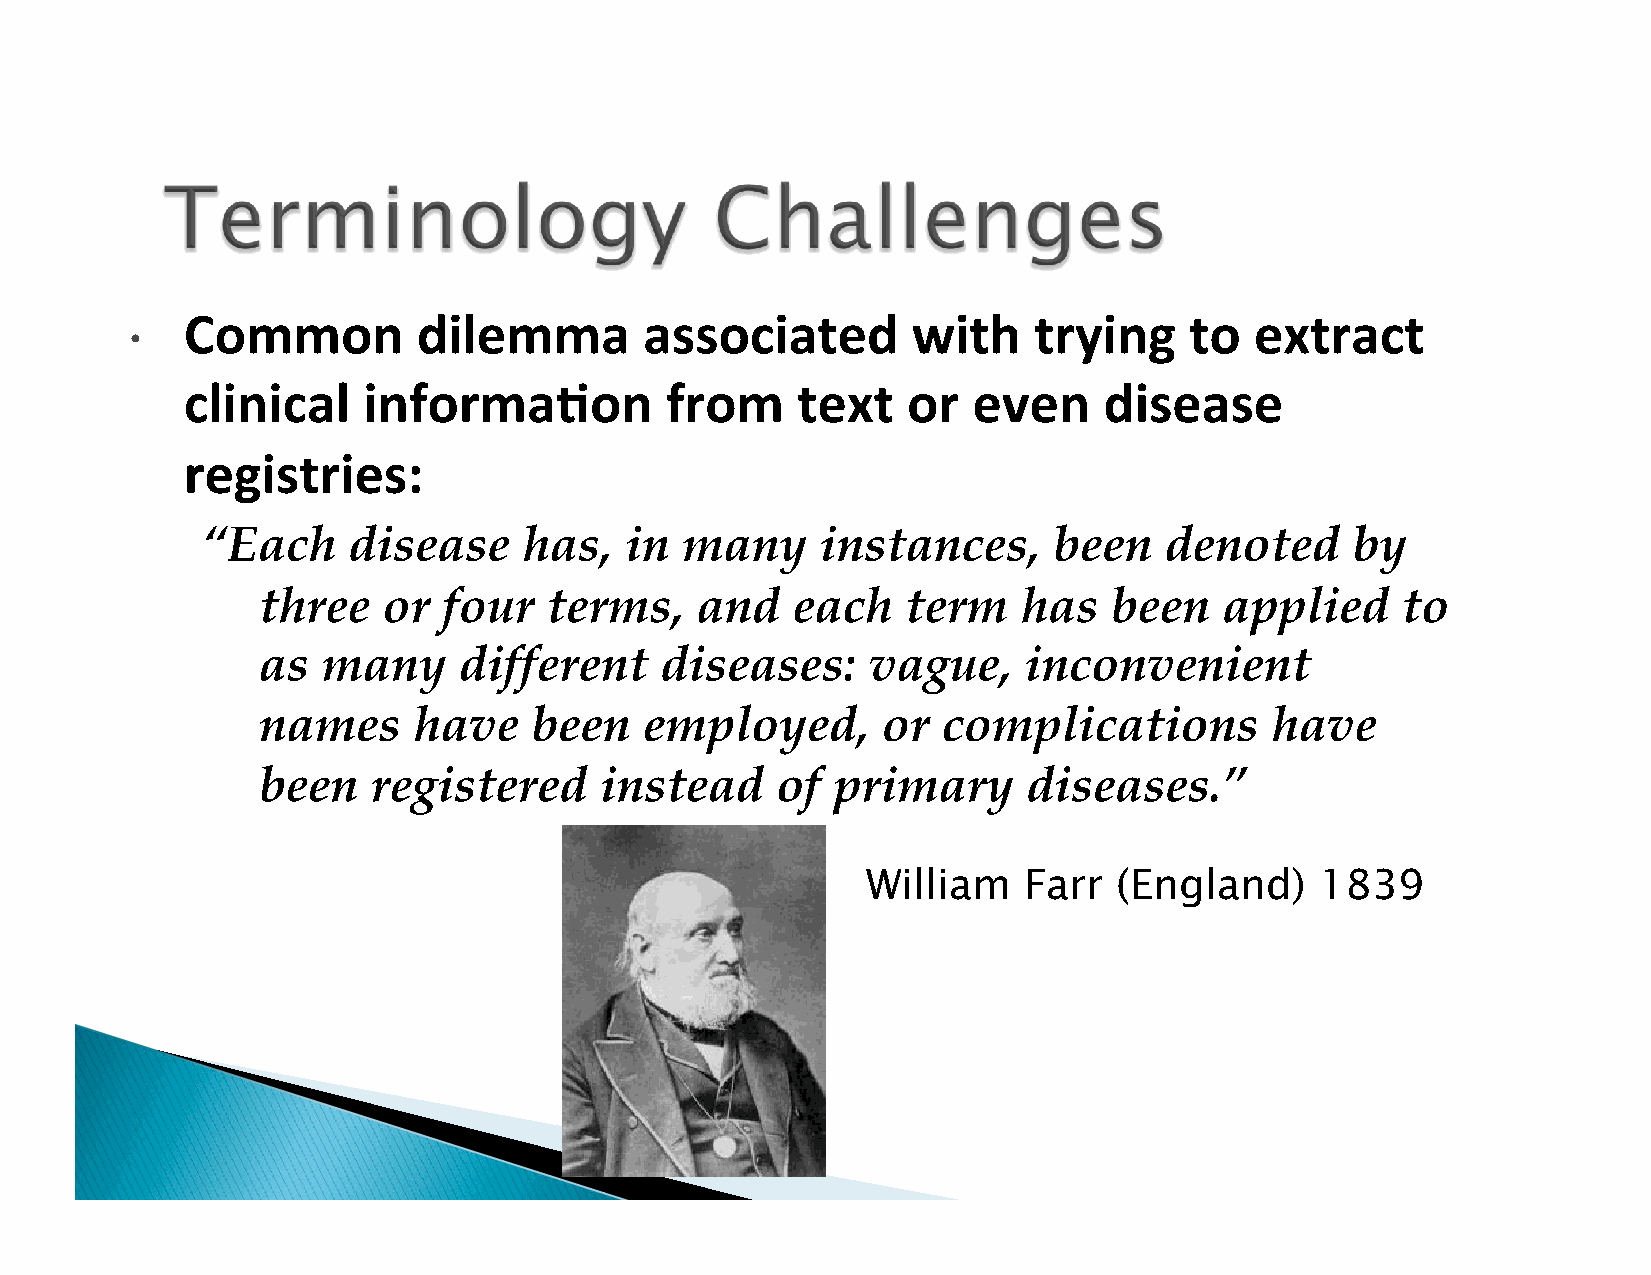
Common          dilemma        associated       with    trying     to  extract
 
 clinical    informa5on          from     text   or  even     disease
 registries:
 “Each     disease     has,  in  many     instances,      been   denoted     by
 three   or  four   terms,    and   each    term    has   been   applied     to
 as  many     different     diseases:    vague,     inconvenient
 names     have    been    employed,      or  complications         have
 been    registered     instead    of  primary      diseases.”
 William    Farr  (England)    1839